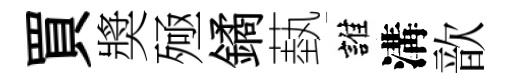
買奬殛鐍蓺誰溝歆